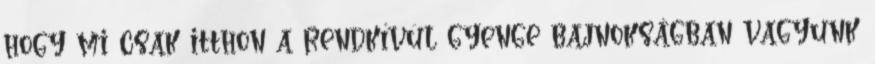
hogy mi csak itthon a rendkívül gyenge bajnokságban vagyunk